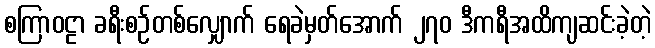
စကြာဝဠာ ခရီးစဉ်တစ်လျှောက် ရေခဲမှတ်အောက် ၂၇၀ ဒီကရီအထိကျဆင်းခဲ့တဲ့